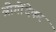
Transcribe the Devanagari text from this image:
श्रीगोंदेकर